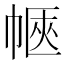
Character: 𢃫